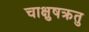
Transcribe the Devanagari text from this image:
चाक्षुषक्रतु